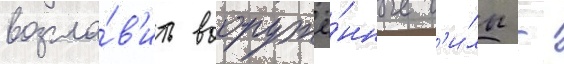
возгла́в'ить вооружё́нные с'и́лы -